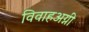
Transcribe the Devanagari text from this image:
विवाहअग्नी